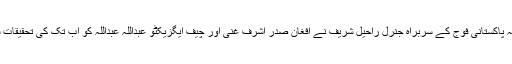
اُنھوں نے بتایا کہ پاکستانی فوج کے سربراہ جنرل راحیل شریف نے افغان صدر اشرف غنی اور چیف ایگزیکٹو عبداللہ عبداللہ کو اب تک کی تحقیقات سے آگاہ کیا ہے۔